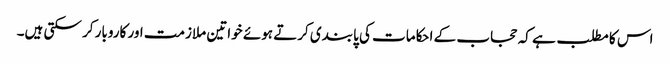
اس کا مطلب ہے کہ حجاب کے احکامات کی پابندی کرتے ہوئے خواتین ملازمت اور کاروبار کر سکتی ہیں۔